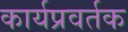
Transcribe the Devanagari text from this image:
कार्यप्रवर्तक